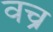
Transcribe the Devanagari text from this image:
वच्र